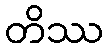
တိဿ